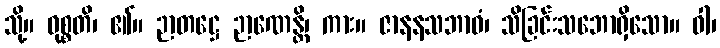
သို့။ ဝုစ္စတိ၊ ၏။ ဉာတဋ္ဌေ ဉာဏေန္တိ၊ ကား။ ဇာနနသဘာဝံ၊ သိခြင်းသဘောရှိသော။ ဝါ၊